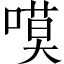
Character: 嗼